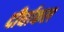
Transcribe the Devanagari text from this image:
दीर्घाकल